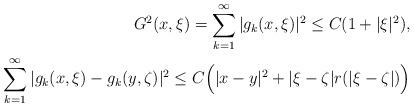
LaTeX: \begin{align*}G^2 (x,\xi) = \sum_{k=1}^\infty | g_k (x,\xi)|^2 \leq C(1+ | \xi |^2), \\\sum_{k=1}^\infty | g_k (x,\xi) - g_k (y,\zeta) |^2 \leq C \Big( |x-y|^2 + |\xi - \zeta | r(|\xi - \zeta |) \Big) \end{align*}